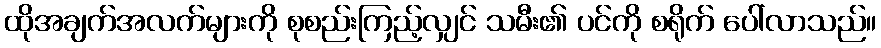
ထိုအချက်အလက်များကို စုစည်းကြည့်လျှင် သမီး၏ ပင်ကို စရိုက် ပေါ်လာသည်။